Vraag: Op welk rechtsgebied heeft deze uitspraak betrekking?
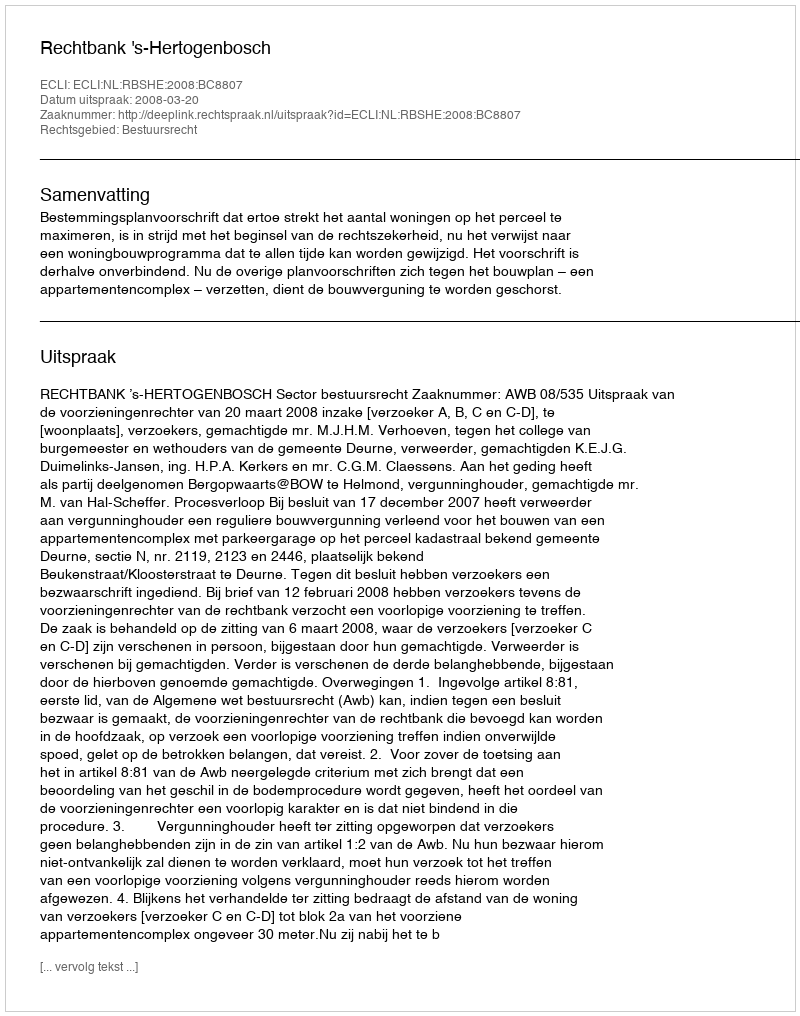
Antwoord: Bestuursrecht